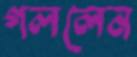
গললেন